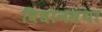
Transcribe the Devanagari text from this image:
विधानसथा